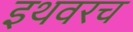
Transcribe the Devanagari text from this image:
इथवरच